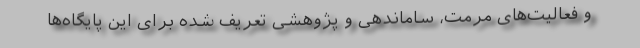
و فعالیت‌های مرمت، ساماندهی و پژوهشی تعریف شده برای این پایگاه‌ها